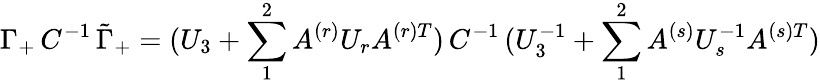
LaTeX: \Gamma_{+}\, C^{-1}\, \tilde{\Gamma}_{+}=(U_{3}+\sum_{1}^{2}A^{(r)}U_{r}A^{(r)T})\, C^{-1}\, (U_{3}^{-1}+\sum_{1}^{2}A^{(s)}U_{s}^{-1}A^{(s)T})